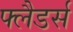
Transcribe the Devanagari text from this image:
फ्लैडर्स